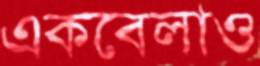
একবেলাও